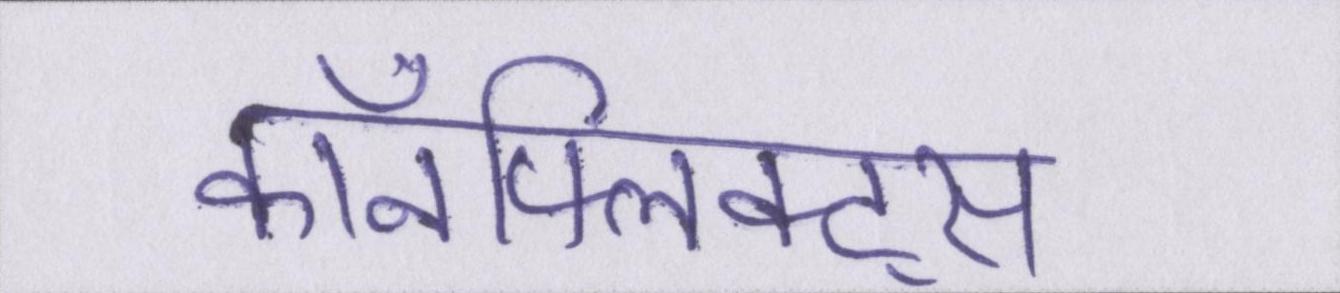
कॉनफ्लिक्ट्स